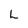
Character: L